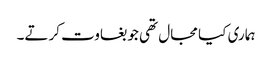
ہماری کیا مجال تھی جو بغاوت کرتے۔